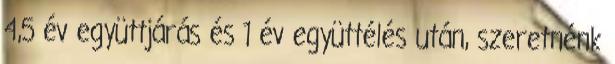
4,5 év együttjárás és 1 év együttélés után, szeretnénk